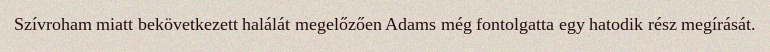
Szívroham miatt bekövetkezett halálát megelőzően Adams még fontolgatta egy hatodik rész megírását.